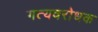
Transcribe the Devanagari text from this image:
गत्यवरोधक